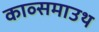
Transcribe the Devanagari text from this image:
काव्समाउथ